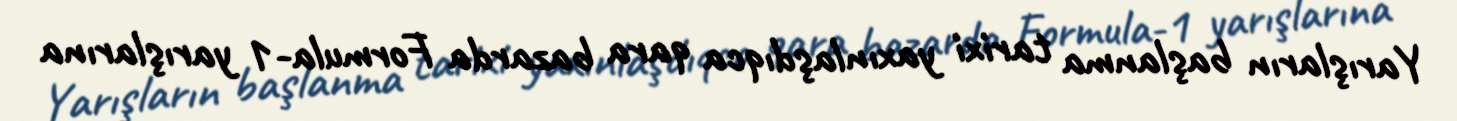
Yarışların başlanma tarixi yaxınlaşdıqca qara bazarda Formula-1 yarışlarına